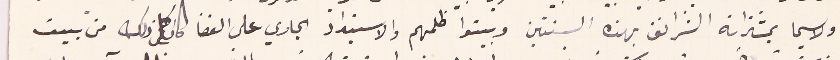
ولا سيما بمشتراته الشرانق بهذه السنتين وبينوا ظلمهم والاسبتداد الجاري على القضا كان كل ذلك من بيت